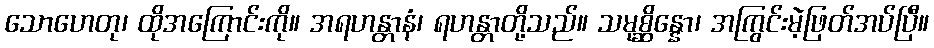
သောဟေတု၊ ထိုအကြောင်းကို။ အရဟန္တာနံ၊ ရဟန္တာတို့သည်။ သမုစ္ဆိန္နော၊ အကြွင်းမဲ့ဖြတ်အပ်ပြီ။